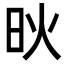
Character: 炚